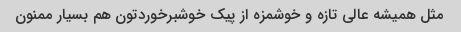
مثل همیشه عالی تازه و خوشمزه از پیک خوشبرخوردتون هم بسیار ممنون